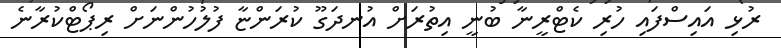
ރުޅި އައިސްފައި ހުރި ކެޓްރީނާ ބުނީ އިތުރަށް އުނދަގޫ ކުރަންޏާ ފުލުހުންނަށް ރިޕޯޓްކުރާނެ